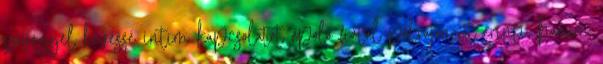
szöveggel kevéssé intim kapcsolatot ápoló fiatal pókrajongót érinti, hanem